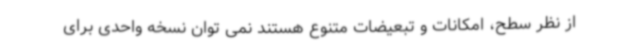
از نظر سطح، امکانات و تبعیضات متنوع هستند نمی توان نسخه واحدی برای